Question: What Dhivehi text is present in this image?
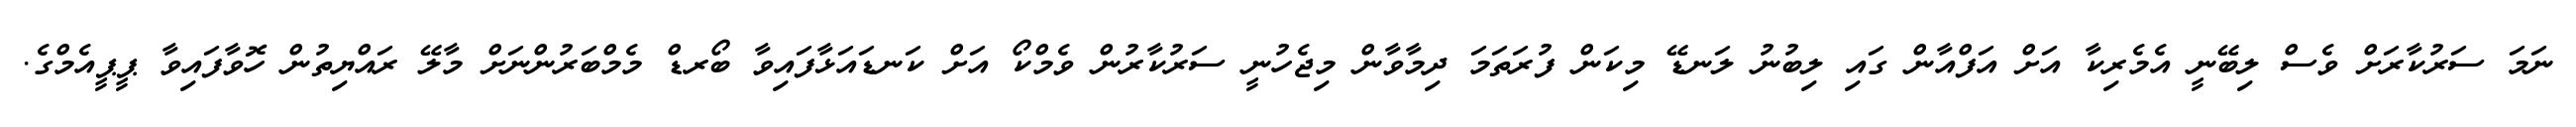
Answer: ނަމަ ސަރުކާރަށް ވެސް ލިބޭނީ އެމެރިކާ އަށް އަފްއާން ގައި ލިބުނު ލަނޑޭ މިކަން ފުރަތަމަ ދިމާވާން މިޖެހުނީ ސަރުކާރުން ވެމްކޯ އަށް ކަނޑައަޅާފައިވާ ބޯރޑް މެމްބަރުންނަށް މާލޭ ރައްޔިތުން ހޮވާފައިވާ ޕީޕީއެމްގެ.